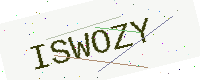
Text: ISWOZY